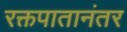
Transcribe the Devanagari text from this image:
रक्तपातानंतर